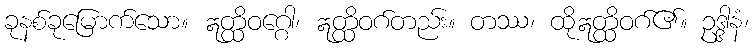
ခုနစ်ခုမြောက်သော။ ဣတ္ထိဝဂ္ဂေါ၊ ဣတ္ထိဝဂ်တည်း။ တဿ၊ ထိုဣတ္ထိဝဂ်၏။ ဥဒ္ဒါနံ၊